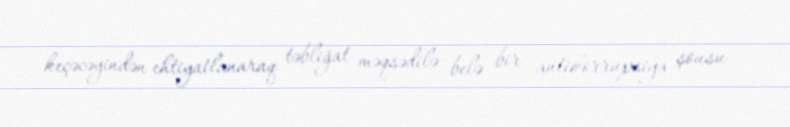
keçəcəyindən ehtiyatlanaraq təbliğat məqsədilə belə bir antikorrupsiya şousu